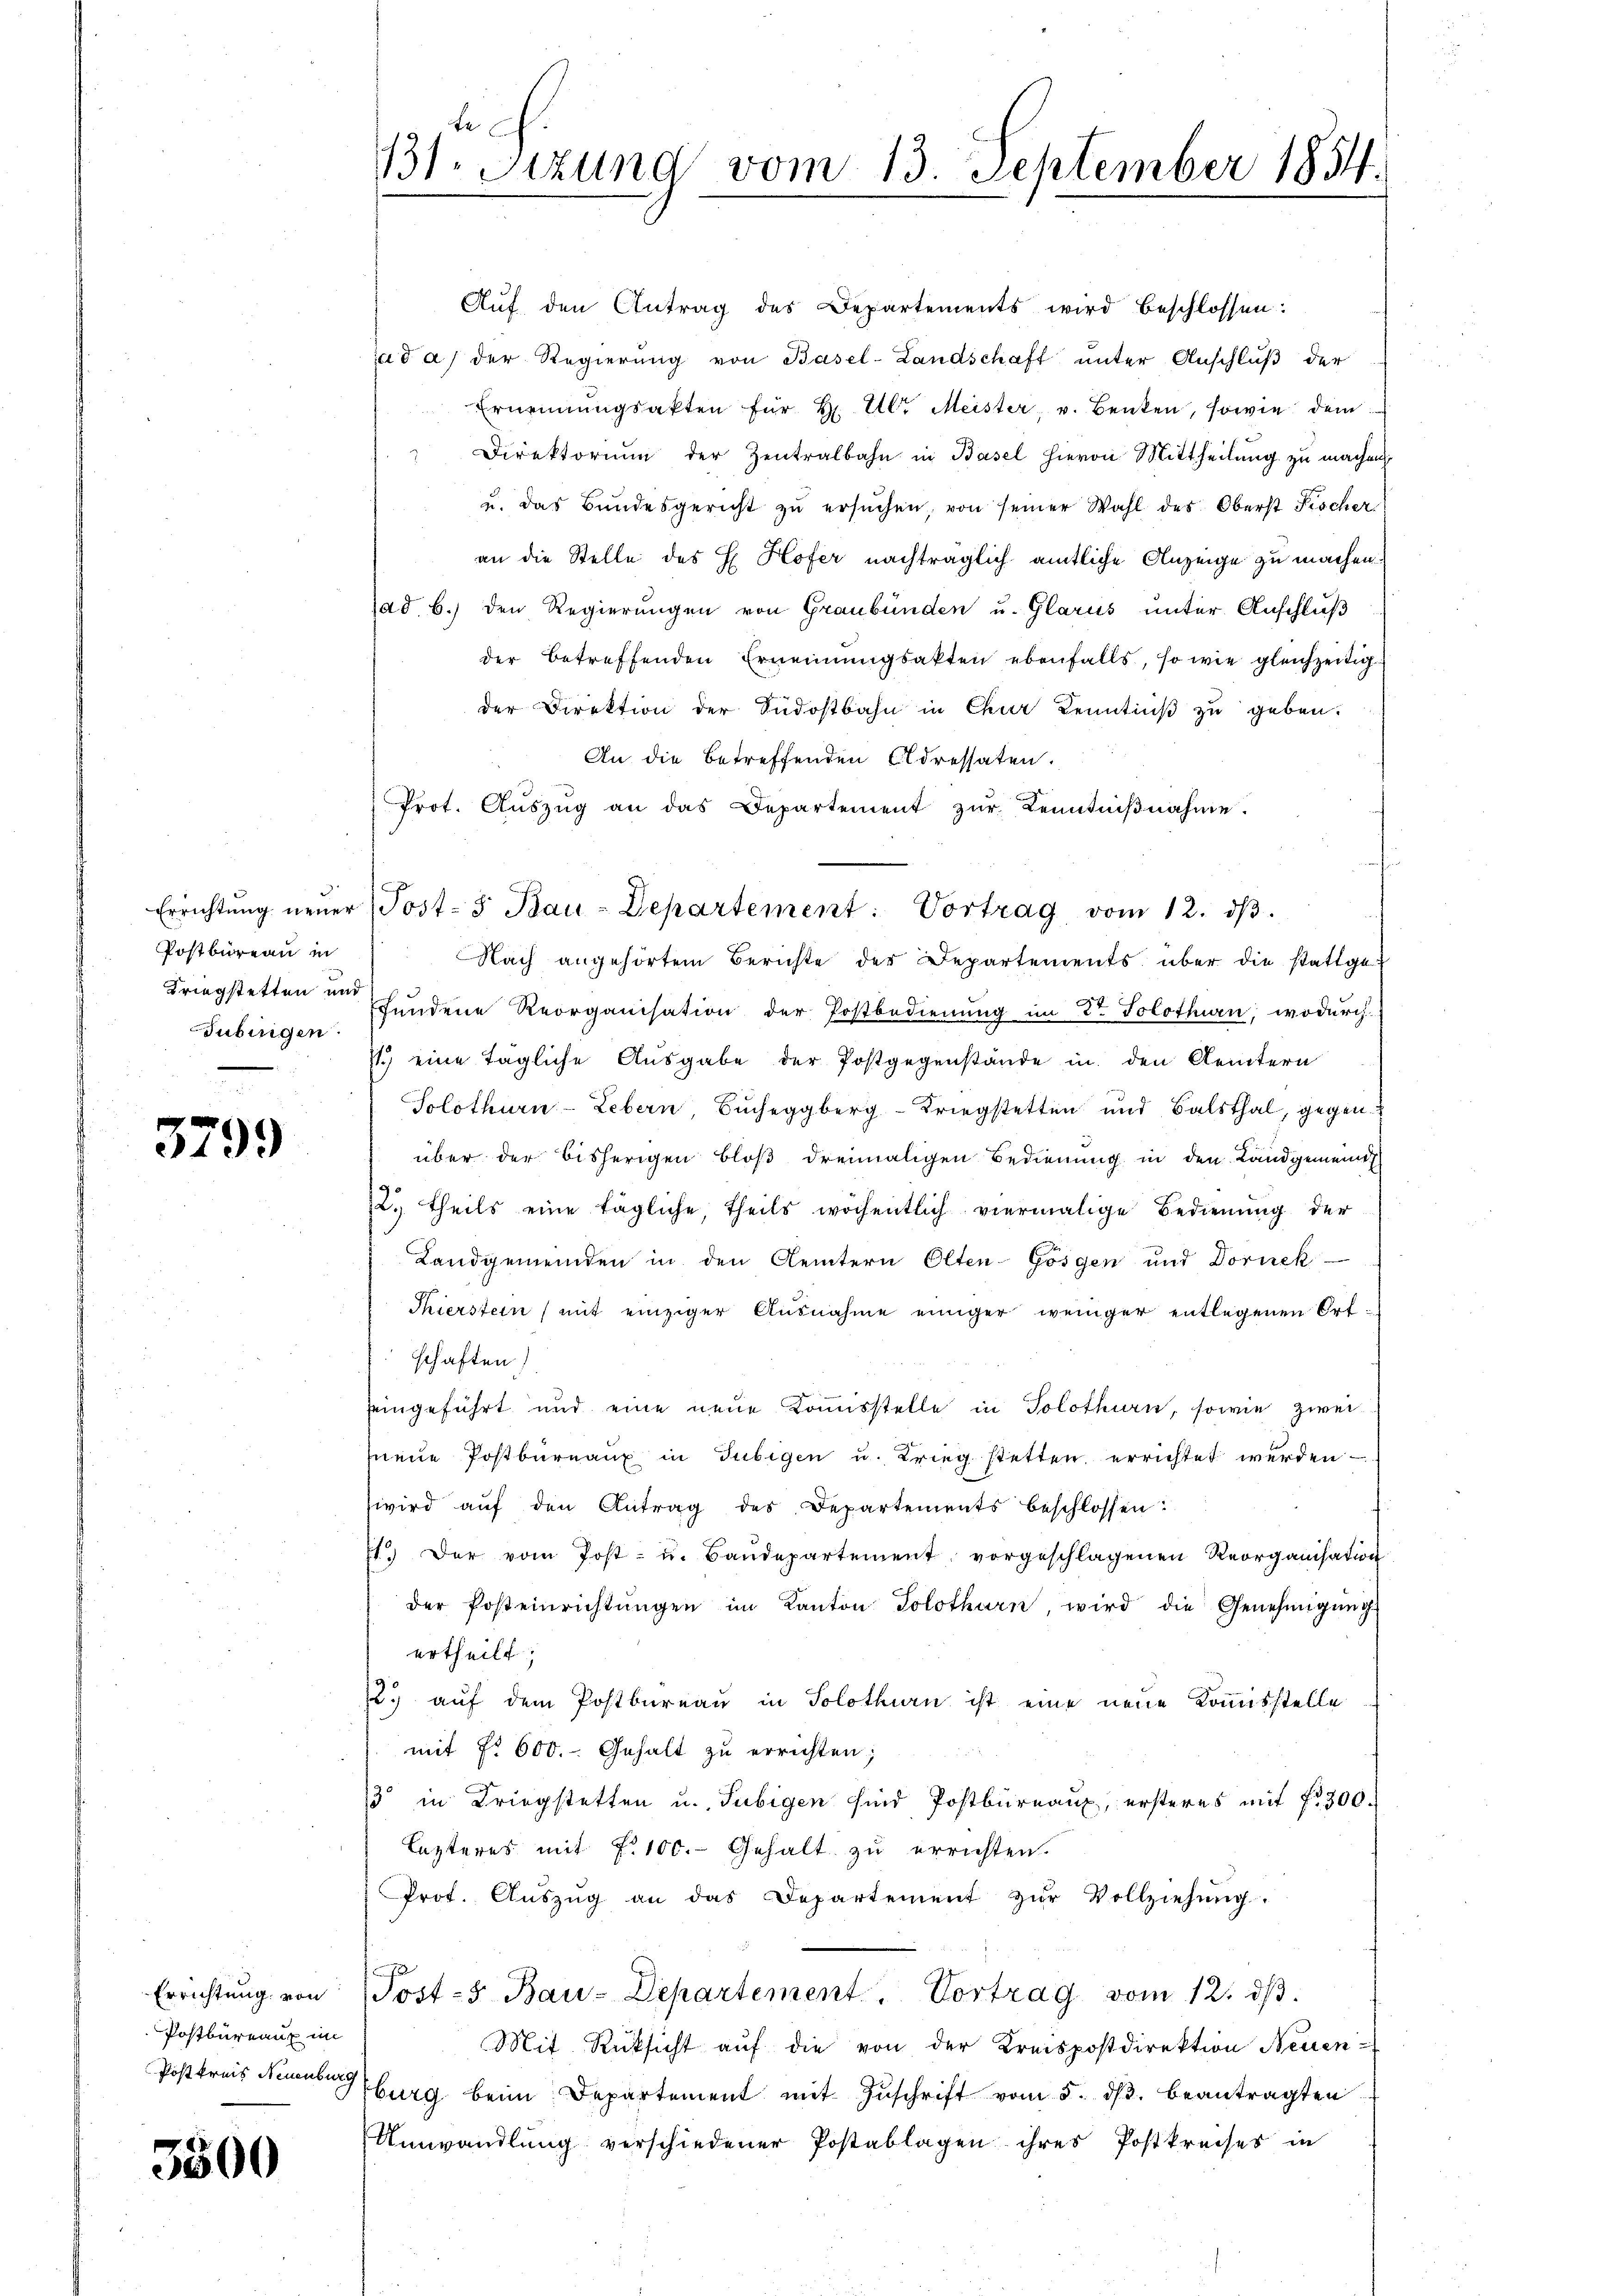
Postbüreau in
Tübingen.

3799

Errichtung von
Postbureaux im
Postkreis Neuenbur

5500

te
11. Sitzung vom 13. September 1854.

Aŭf den Antrag des Departements wird beschlossen:
ad a) der Regierŭng von Basel-Landschaft unter Anschluß der
Ernennungsakten für H. Ulr. Meister, v. Benken, sowie dem
Direktorium der Zentralbahn in Basel hievon Mittheilung zu machen
u. das Bundesgericht zŭ ersŭchen, von seiner Wahl des Oberst Fischer
an die Stelle des H. Hofer nachträglich amtliche Anzeige zu machen.
(ad b.) den Regierungen von Graubünden u. Glarus unter Anschluß
der betreffenden Ernennungsakten ebenfalls, so wie gleichzeitig
der Direktion der Südostbahn in Chur Kenntnuß zu geben.
An die betreffenden Eldressaten.
Prot. Aŭszŭg an das Departement zŭr Kenntniβnahme.
Errichtŭng neŭer Post- & Bau-Departement: Vortrag vom 12. dβ.
Nach angehörtem Berichte der Departements über die stattge¬
Kriegstetten in Hundene Reorganisation der Postbedienung im 2t Solothurn, wodurch
71.) eine tägliche Ausgabe der Postgegenstände in den Kemtern
Solothurn-Lebern Bucheggberg-Kriegstetten und Balsthal, gegen
über der bisherigen bloß dreimaligen Bedienung in den Landgemeind
2. theils eine tägliche, theils wöchentlich viermalige Bedienung der
Landgemeinden in den Aemtern Olten-Gösgen und Dornek
Thierstein (mit einziger Ausnahme einiger weniger entlegenen Ortschaften)
seingeführt und eine neue Kommisstelle in Solothurn, sowie zweineue Postbureaux in Gubigen u. Krieg stetten errichtet werden
wird aŭf den Antrag des Departements beschlossen:
71. Der vom Post- u. Baŭdepartement vorgeschlagenen Reorganisation
der Posteinrichtŭngen im Kanton Solothurn, wird die Genehmigŭng
ertheilt.
22.) auf dem Postbureau in Solothurn ist eine neue Kommisstelle
mit No 600. Gehalt zu errichten;
13 in Kriegstetten u. Tubigen sind Postbureaux, ersteres mit 300.
Lezteres mit Fr. 100. Gehalt zu errichten.
Prot. Aŭszŭg an das Departement zŭr Vollziehung.
Post- 5. Bau-Departement. Vortrag vom 12. dβ.
Mit Rücksicht aŭf die von der Kreispostdirektion Neuen-
burg beim Departement mit Zŭschrift vom 5. dβ. beantragten
Umwandlung verschiedener Postablagen ihres Postkreises in